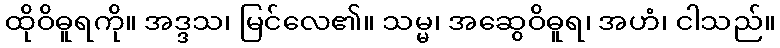
ထိုဝိဓူရကို။ အဒ္ဒသ၊ မြင်လေ၏။ သမ္မ၊ အဆွေဝိဓူရ၊ အဟံ၊ ငါသည်။